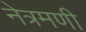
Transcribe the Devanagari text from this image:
नेत्रमणी